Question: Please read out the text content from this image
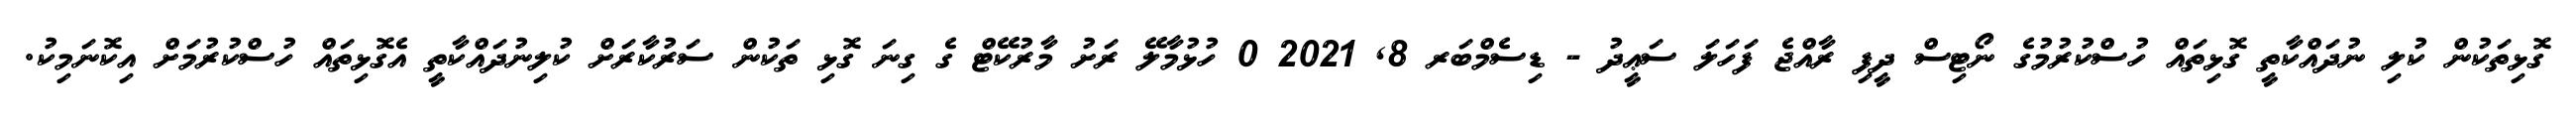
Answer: ގޮޅިތަކުން ކުލި ނުދައްކާތީ ގޮޅިތައް ހުސްކުރުމުގެ ނޯޓިސް ދީފި ރާއްޖެ ފަހަލަ ސަޢީދު - ޑިސެމްބަރ 8, 2021 0 ހުޅުމާލޭ ރަށު މާރުކޭޓް ގެ ގިނަ ގޮޅި ތަކުން ސަރުކާރަށް ކުލިނުދައްކާތީ އެގޮޅިތައް ހުސްކުރުމަށް އިކޮނަމިކު.